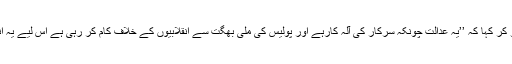
انھوں نے عدالت سے مخاطب ہو کر کہا کہ ’’یہ عدالت چونکہ سرکار کی آلہ کارہے اور پولیس کی ملی بھگت سے انقلابیوں کے خلاف کام کر رہی ہے اس لیے یہ انھیں سزا دینے کی اہل نہیں ہے ۔